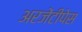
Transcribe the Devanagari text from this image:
अरजेंटीपेस